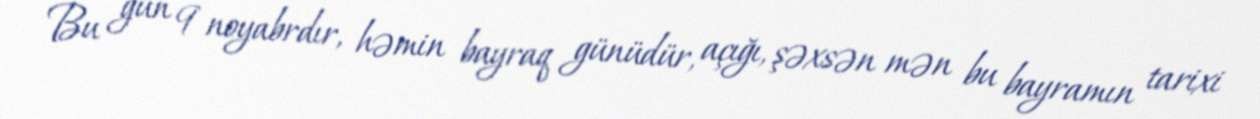
Bu gün 9 noyabrdır, həmin bayraq günüdür, açığı, şəxsən mən bu bayramın tarixi